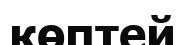
көптей